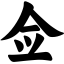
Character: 佥